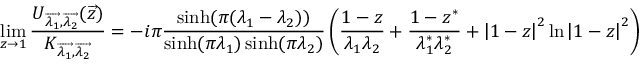
\operatorname * { l i m } _ { z \rightarrow 1 } { \frac { U _ { \overrightarrow { \lambda _ { 1 } } , \overrightarrow { \lambda _ { 2 } } } ( \overrightarrow { z } ) } { K _ { \overrightarrow { \lambda _ { 1 } } , \overrightarrow { \lambda _ { 2 } } } } } = - i \pi \frac { \sinh ( \pi ( \lambda _ { 1 } - \lambda _ { 2 } ) ) } { \sinh ( \pi \lambda _ { 1 } ) \sinh ( \pi \lambda _ { 2 } ) } \left( \frac { 1 - z } { \lambda _ { 1 } \lambda _ { 2 } } + \frac { 1 - z ^ { * } } { \lambda _ { 1 } ^ { * } \lambda _ { 2 } ^ { * } } + \left| 1 - z \right| ^ { 2 } \ln \left| 1 - z \right| ^ { 2 } \right) \, ,